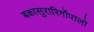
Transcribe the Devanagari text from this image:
बकासुरारिर्गोपालो